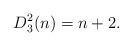
LaTeX: \begin{align*} D_3^2(n) = n+2. \end{align*}